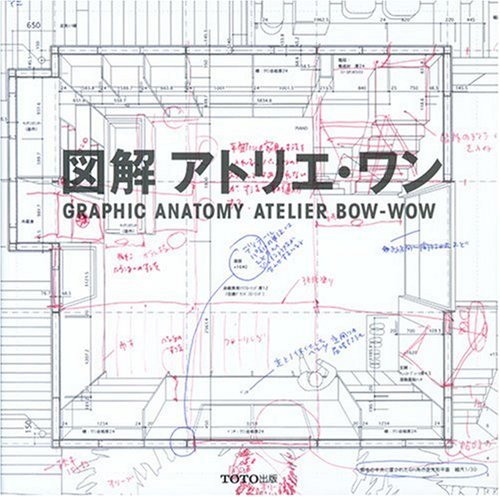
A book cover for Graphic Anatomy - Atelier Bow Wow; Atelier Bow Wow; Arts & Photography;